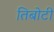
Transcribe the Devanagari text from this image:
तिबोटी